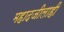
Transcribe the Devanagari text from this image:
महादजीलाही